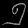
Digit: ၅